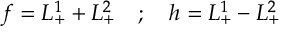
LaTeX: f = L _ { + } ^ { 1 } + L _ { + } ^ { 2 } \quad ; \quad h = L _ { + } ^ { 1 } - L _ { + } ^ { 2 }